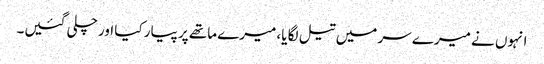
انہوں نے میرے سر میں تیل لگا یا، میرے ماتھے پر پیار کیا اور چلی گئیں۔